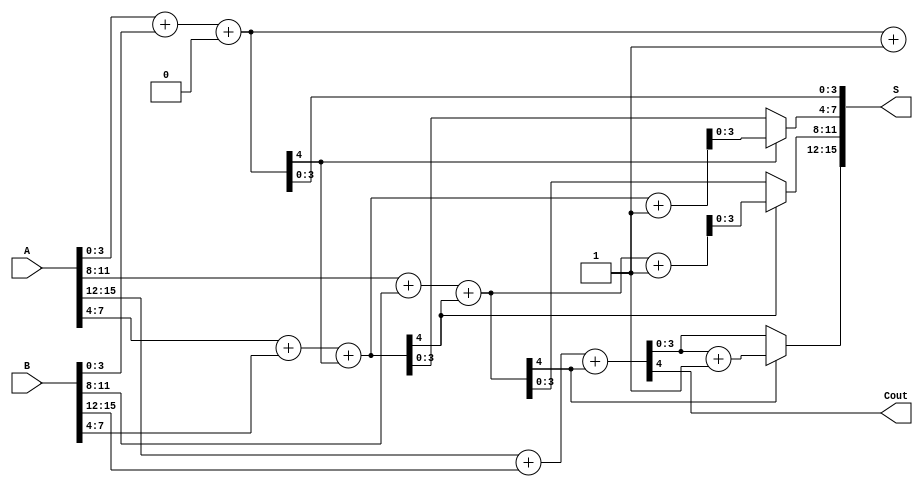
module han_carlson_adder #(parameter N = 16, parameter GROUP_SIZE = 4) (
    input  wire [N-1:0] A,
    input  wire [N-1:0] B,
    output wire [N-1:0] S,
    output wire         Cout
);

    localparam GROUPS = N / GROUP_SIZE;

    wire [GROUP_SIZE-1:0] sum0 [0:GROUPS-1];
    wire [GROUP_SIZE-1:0] sum1 [0:GROUPS-1];
    wire [GROUPS-1:0] C;
    wire [GROUPS:0] carry_in; // carry_in[0] = 0, carry_in[GROUPS] = final carry out

    assign carry_in[0] = 1'b0; // initial carry-in is 0

    // Generate sum outputs for each group
    genvar i, j;
    generate
        for (i = 0; i < GROUPS; i = i + 1) begin : adder_group
            // Add the current group with carry_in
            assign {C[i], sum0[i]} = A[GROUP_SIZE*i +: GROUP_SIZE] + B[GROUP_SIZE*i +: GROUP_SIZE] + carry_in[i];
            assign {C[i+1], sum1[i]} = A[GROUP_SIZE*i +: GROUP_SIZE] + B[GROUP_SIZE*i +: GROUP_SIZE] + carry_in[i] + 1'b1; // carry_in = 1 case
        end
    endgenerate

    // Carry select logic
    generate
        for (j = 0; j < GROUPS; j = j + 1) begin : carry_select
            assign S[GROUP_SIZE*j +: GROUP_SIZE] = (carry_in[j] == 1'b0) ? sum0[j] : sum1[j];
            assign carry_in[j+1] = C[j]; // propagate carry to the next group
        end
    endgenerate

    // Final carry out
    assign Cout = carry_in[GROUPS];

endmodule